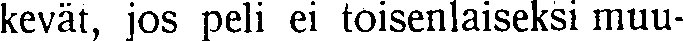
kevät, jos peli ei toisenlaiseksi muu-